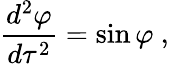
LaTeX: {\frac{d^{2}\varphi}{d\tau^{2}}}=\sin\varphi\ ,